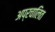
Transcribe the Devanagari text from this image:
अप्रचालित